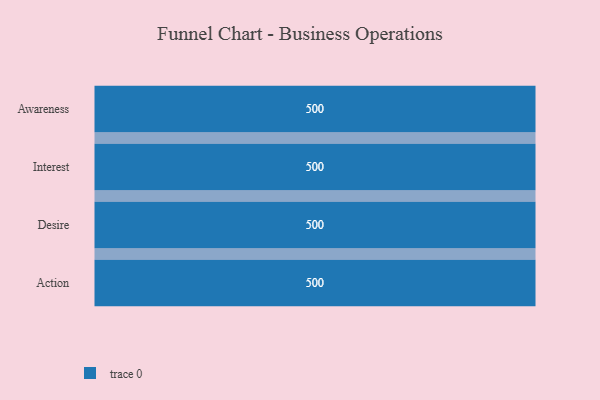
{"axis": {"x": "Stage", "y": "Value"}, "legend": [""], "data": [{"x": "Awareness", "y": 500, "type": ""}, {"x": "Interest", "y": 500, "type": ""}, {"x": "Desire", "y": 500, "type": ""}, {"x": "Action", "y": 500, "type": ""}]}